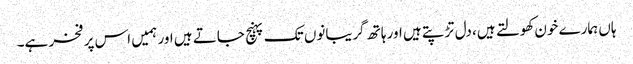
ہاں ہمارے خون کھولتے ہیں، دل تڑپتے ہیں اور ہاتھ گریبانوں تک پہنچ جاتے ہیں اور ہمیں اس پر فخر ہے۔